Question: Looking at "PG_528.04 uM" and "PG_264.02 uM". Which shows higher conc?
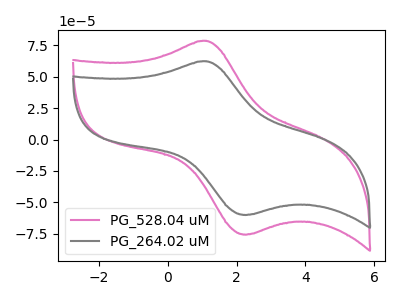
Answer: <think>The pink curve "PG_528.04 uM" has an anodic peak at (1.10V, 78.55uA) and a cathodic peak at (2.35V, -75.40uA). The gray curve "PG_264.02 uM" has an anodic peak at (1.10V, 62.30uA) and a cathodic peak at (2.35V, -59.80uA).
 All the peaks in "PG_528.04 uM" have a peak in "PG_264.02 uM" at the same potential. Every peak in "PG_528.04 uM" is higher than every peak in "PG_264.02 uM".</think>
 <answer>"PG_528.04 uM" has more signal than "PG_264.02 uM" and so likely has a higher concentration.</answer>
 <eval>more_concentration</eval>